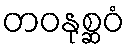
တဝနုစ္ဆဝံ